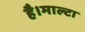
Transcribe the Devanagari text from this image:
है।माल्टा